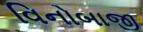
વિનોબાજી